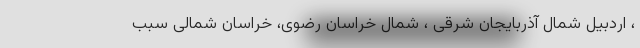
، اردبیل شمال آذربایجان شرقی ، شمال خراسان رضوی، خراسان شمالی سبب